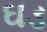
ઘડ